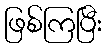
ဖြစ်ကြပြီး